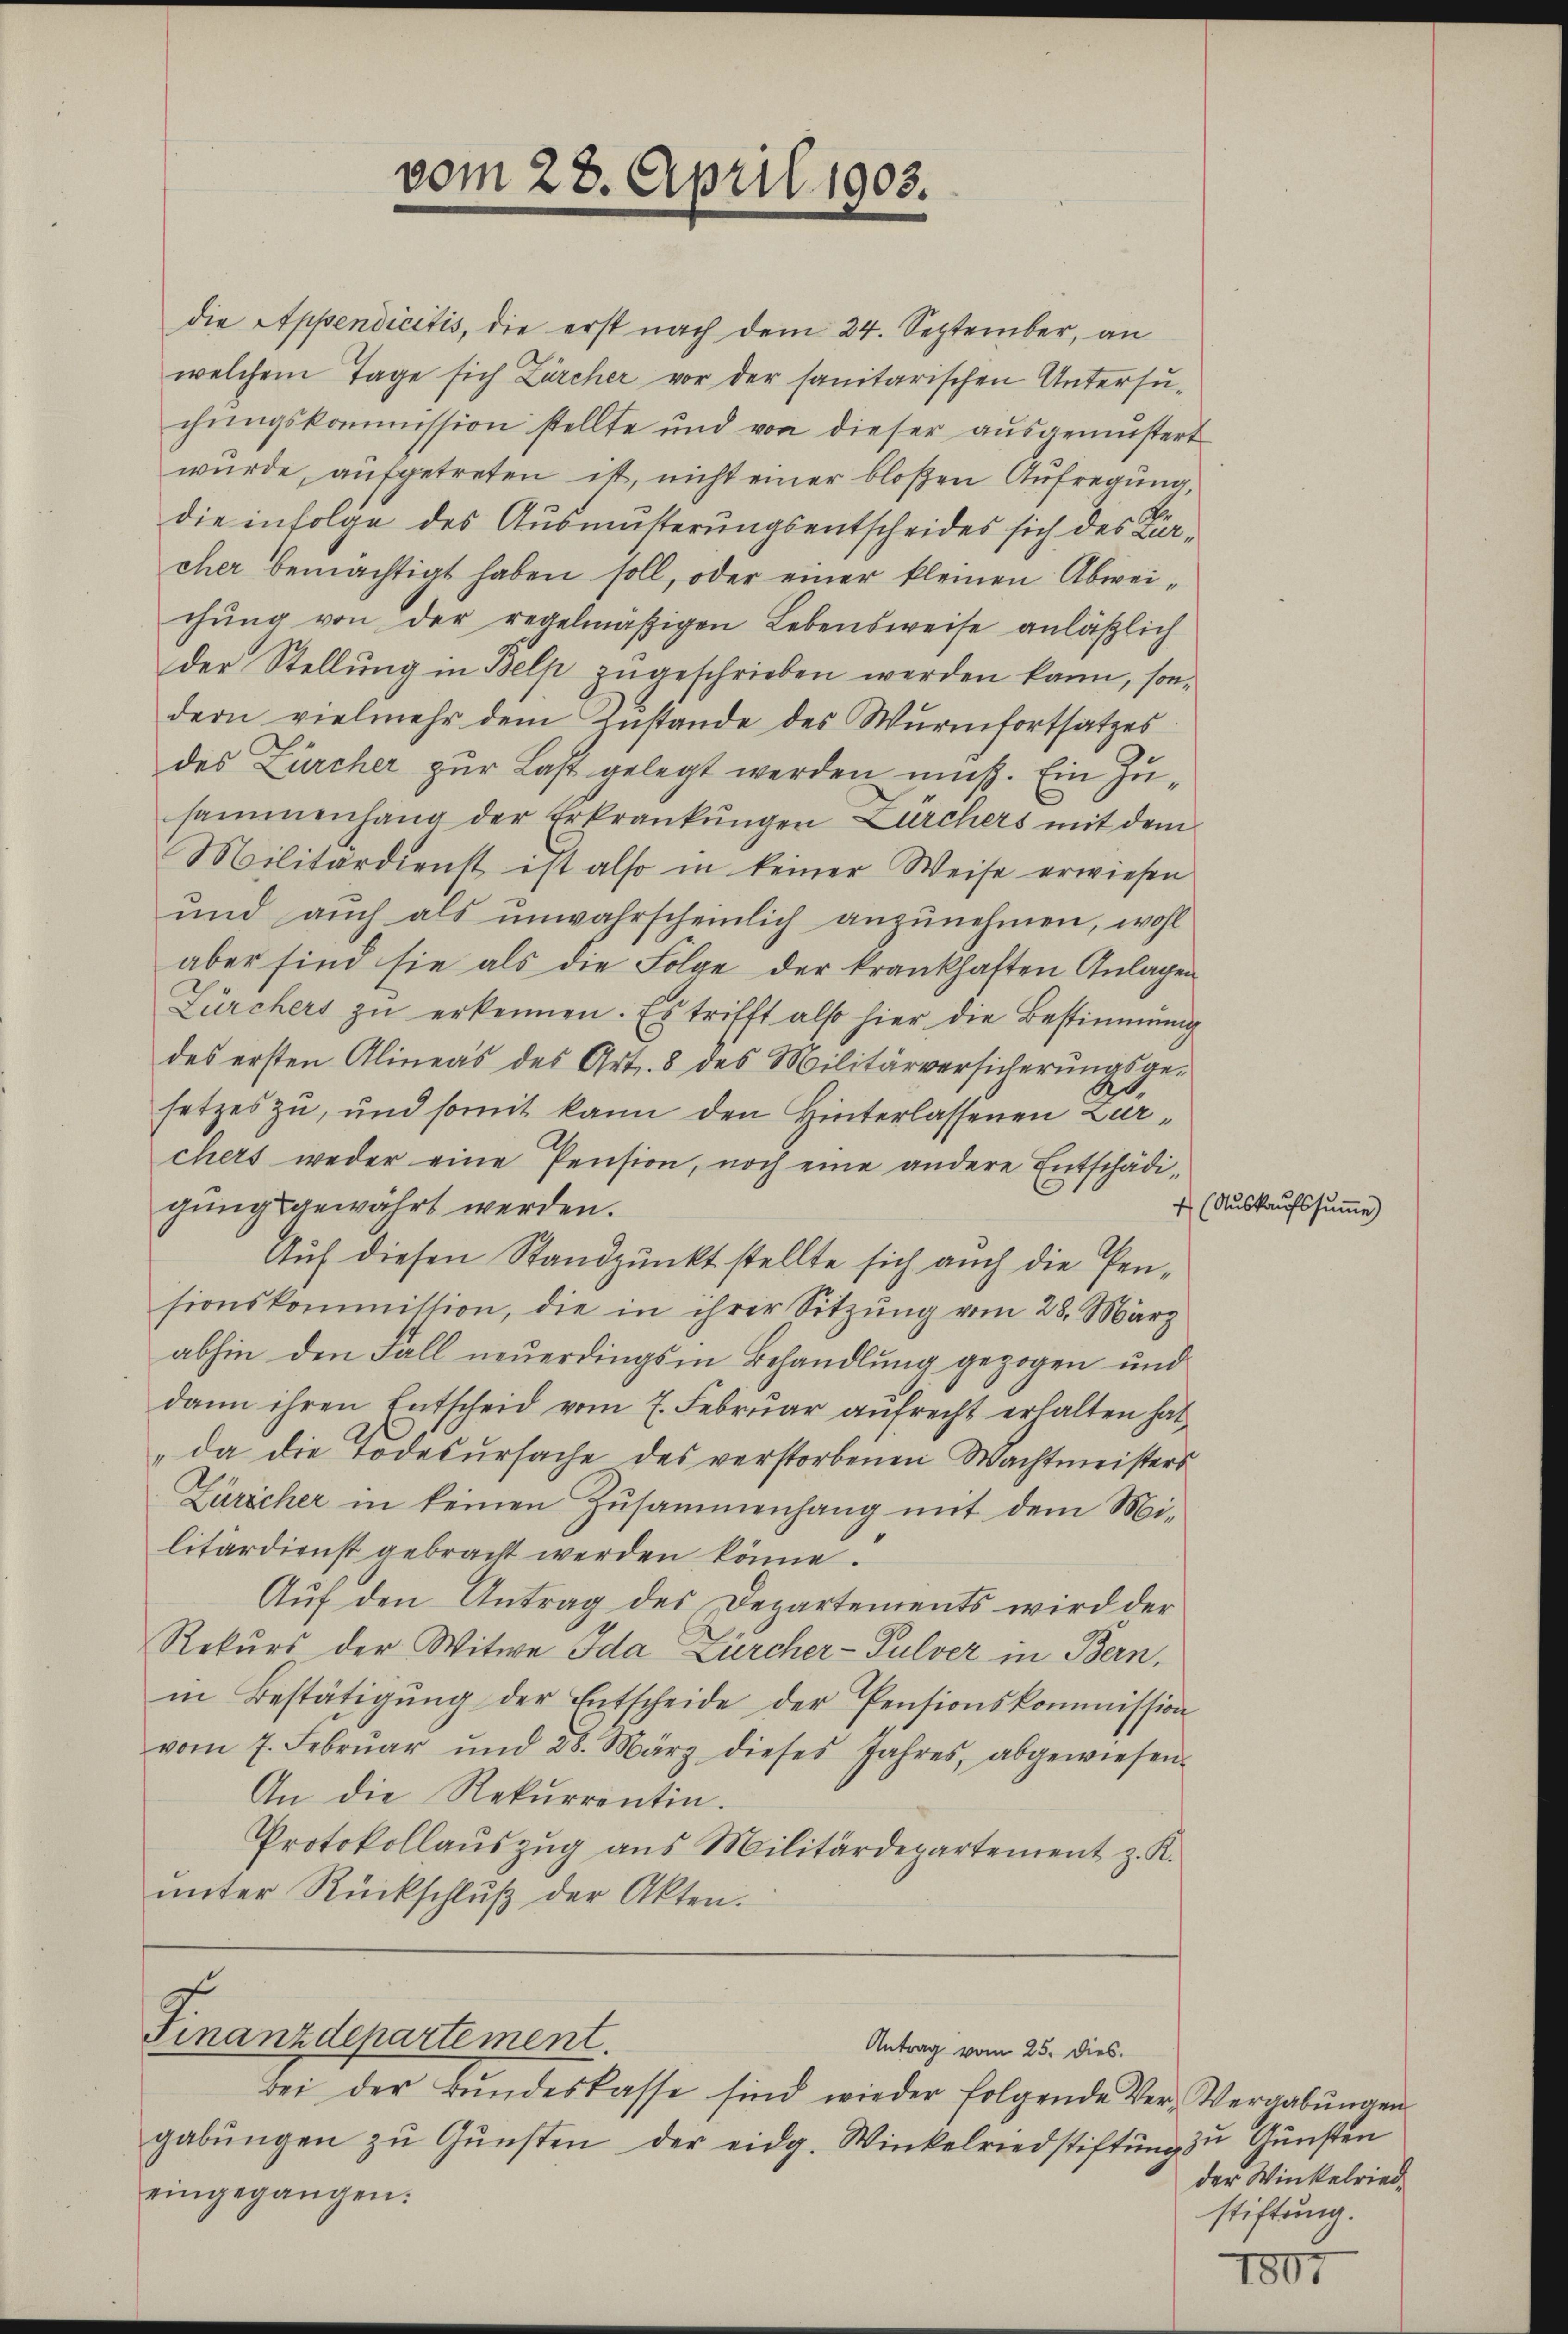
vom 28. April 1903.

die Appendicitis, die erst nach dem 24. September, an
welchem Tage sich Zürcher vor der sanitarischen Untersuchungskommission stellte und von dieser ausgemustert
wurde, aufgetreten ist, nicht einer bloßen Aufregung,
die infolge des Ausmässerungsentscheides sich des Kurcher bemächtigt haben soll, oder einer kleinen Abweichŭng von der regelmäßigen Lebensweise anläßlich
der Stellung in Belp zugeschrieben werden kann, sondern vielmehr dem Zustande des Wurmfortsatzes
des Zürcher zur Last gelegt werden muß. Ein Zusammenhang der Erkrankungen Zürchers mit dem
Militärdienst ist also in keiner Weise erwiesen
und auch als unwahrscheinlich anzunehmen, wohl
aber sind sie als die Folge der krankhaften Anlagen
Fürchers zŭ erkennen. Es trifft also hier die Bestimmung
des ersten Alineas des Art. 8 des Militärversicherŭngsge-
setzes zu, und somit kann den Hinterlassenen Zurchers weder eine Pension, noch eine andere Entschädigungsgewährt werden.
Auf diesen Standpunkt stellte sich auch die Pensionskommission, die in ihrer Sitzŭng vom 28. März
abhin den Fall neuerdings in Behandlung gezogen und
dann ihren Entscheid vom 7. Februar aufrecht erhalten hat
da die Todesursache des verstorbenen Wachtmeisters
Züricher in keinen Zusammenhang mit dem Militärdienst gebracht werden könne.
Aŭf den Antrag des Departements wird der
Rekurs der Witwe Ida Zürcher-Pulver in Bern,
in Bestätigŭng der Entscheide der Pensionskommission
vom 7. Febrŭar und 28. März dieses Jahres, abgewiesen.
An die Rekurrentin.
Protokollaŭszŭg aŭs Militärdepartement z. K.
ŭnter Rückschlŭβ der Akten.

Finanzdepartement.
Antrag vom 25. dies.

Bei der Bŭndeskasse sind wieder folgende Ver-Vergabŭngen
gabŭngen zŭ Gŭnsten der eidg. Winkelriedstiftung zu Gunsten
eingegangen:

4 (Auskaufssumme)

1807

der Winkelriedstiftung.